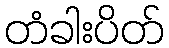
တံခါးပိတ်